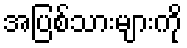
အပြစ်သားများကို